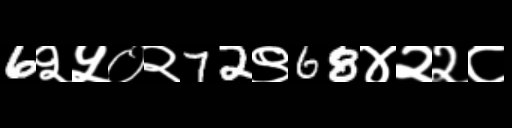
Text: 6२५०२72९68४२२८